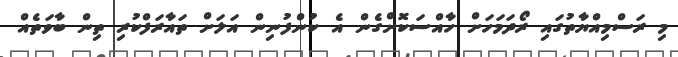
މި ރަސްމިއްޔާތުގައި ރޯދަމަހަށް ހާއްސަކޮށްގެން އެ ކުންފުނިން އަލަށް ތައާރަފްކުރި ތިން ބާވަތެއް